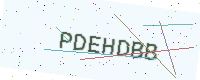
Text: PDEHDBB